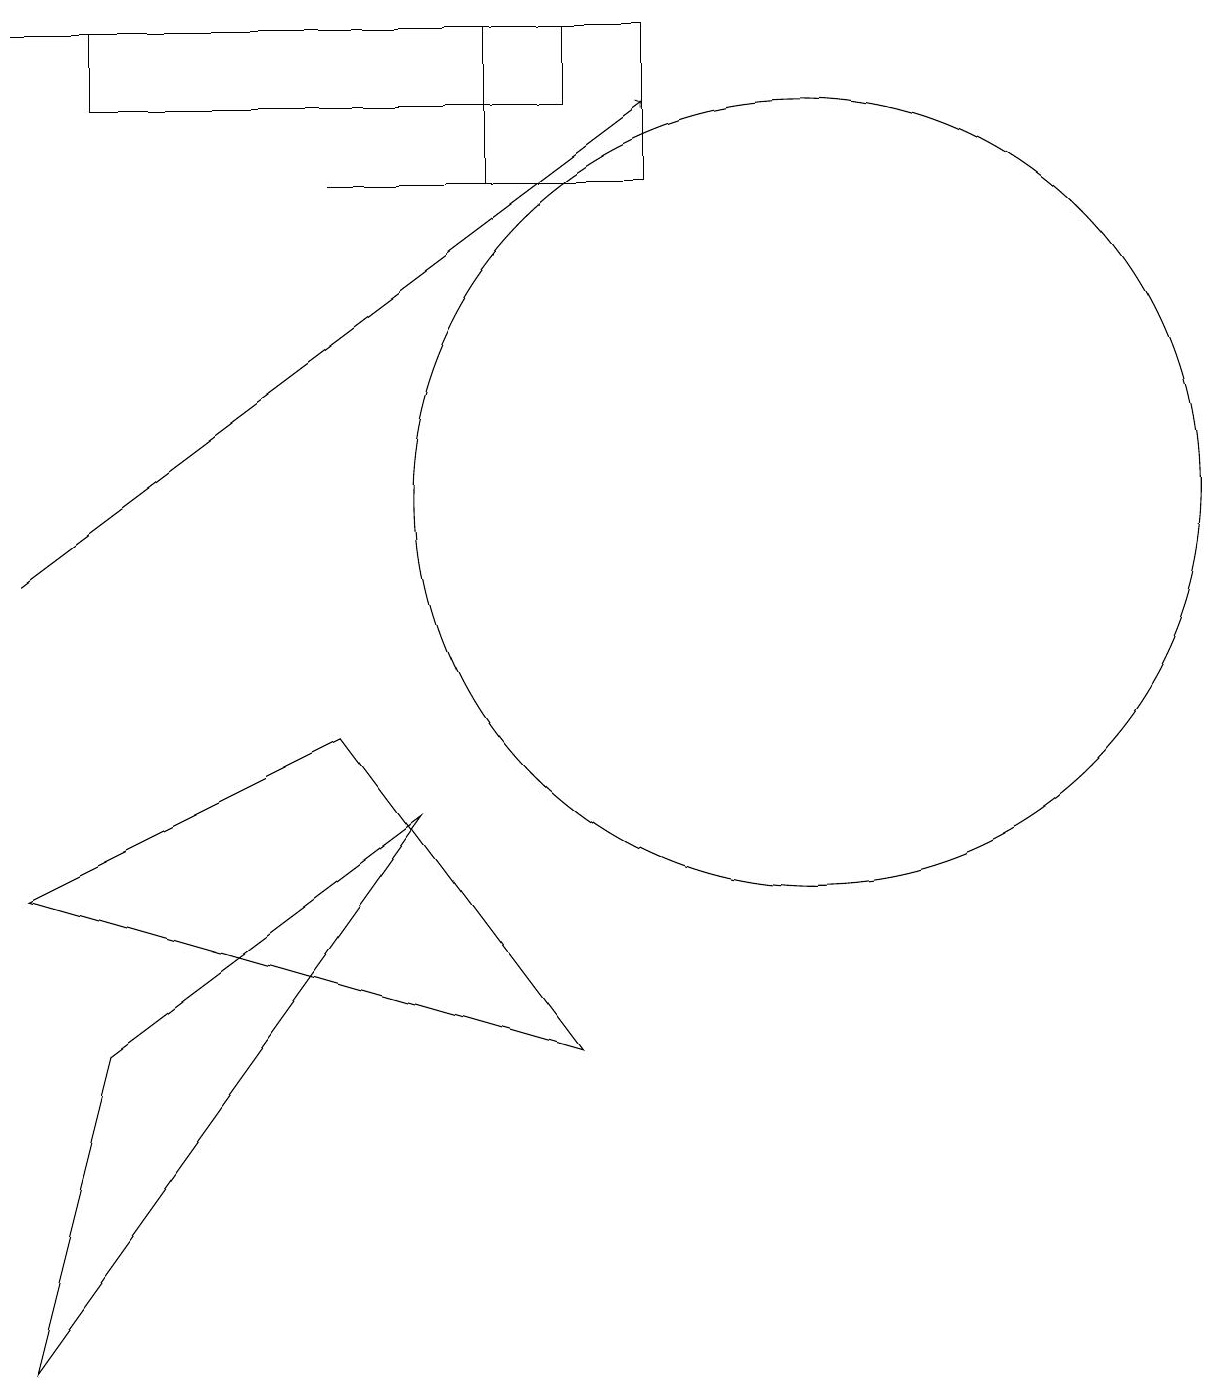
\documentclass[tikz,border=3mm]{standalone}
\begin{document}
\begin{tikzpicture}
\draw (2,16) rectangle (8,17);
\draw (9,15) rectangle (7,17);
\draw (3,17) rectangle (1,17);
\draw (6,7) -- (2,4) -- (1,0) -- cycle;
\draw[->] (1,10) -- (9,16);
\draw (7,15) rectangle (5,15);
\draw (11,11) circle (5);
\draw (1,6) -- (8,4) -- (5,8) -- cycle;
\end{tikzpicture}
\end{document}